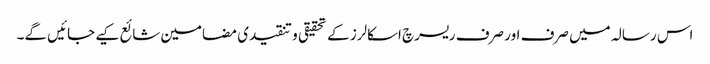
اس رسالہ میں صرف اور صرف ریسرچ اسکالرز کے تحقیقی و تنقیدی مضامین شائع کیے جائیں گے۔